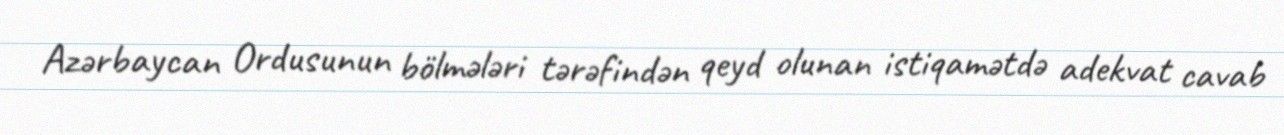
Azərbaycan Ordusunun bölmələri tərəfindən qeyd olunan istiqamətdə adekvat cavab